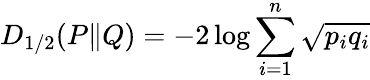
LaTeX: D_{1/2}(P\| Q)=-2\log\sum_{i=1}^{n}{\sqrt{p_{i}q_{i}}}